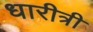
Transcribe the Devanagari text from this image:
धारीत्री